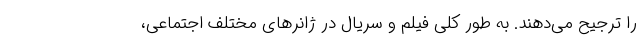
را ترجیح می‌دهند. به طور کلی فیلم و سریال در ژانرهای مختلف اجتماعی،